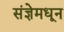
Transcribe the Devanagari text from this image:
संज्ञेमधून